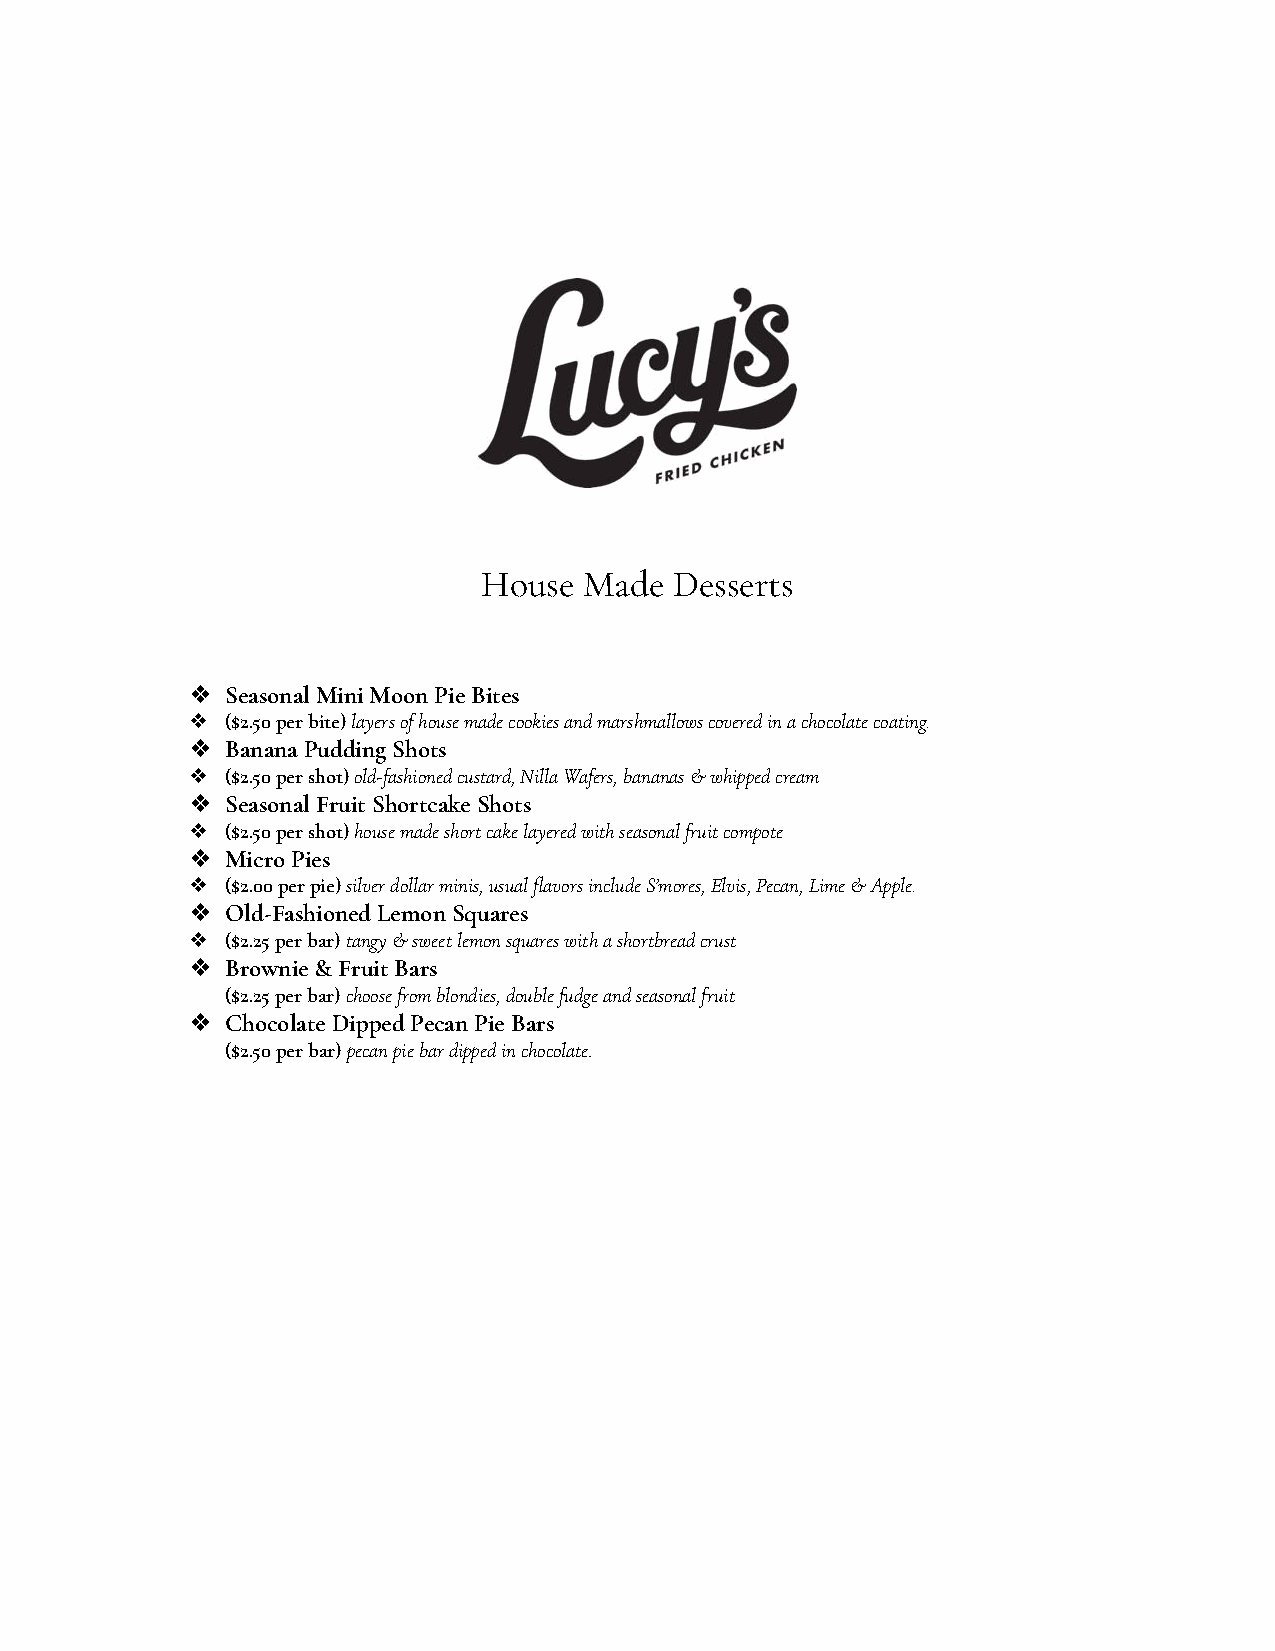
House  Made  Desserts
 ❖  Seasonal Mini Moon Pie Bites
 ❖  ($2.50 per bite)layers of house made cookies andmarshmallows covered in a chocolate coating.
 ❖  Banana Pudding Shots
 ❖  ($2.50 per shot)old-ashioned cusard, Nilla Wafers,bananas & whipped cream
 ❖  Seasonal Fruit Shortcake Shots
 ❖  ($2.50 per shot)house made short cake layered withseasonal fruit compote
 ❖  Micro Pies
 ❖  ($2.00 per pie)silver dollar minis, usual flavorsinclude S’mores, Elvis, Pecan, Lime & Apple.
 ❖  Old-Fashioned Lemon Suares
 ❖  ($2.25 per bar)an & sweet lemon squares with ashortbread crust
 ❖  Brownie & Fruit Bars
 ($2.25 per bar)choose from blondies, double fudgeand seasonal fruit
 ❖  Chocolate Dipped Pecan Pie Bars
 ($2.50 per bar)pecan pie bar dipped in chocolate.